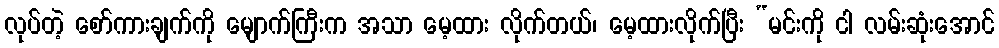
လုပ်တဲ့ စော်ကားချက်ကို မျောက်ကြီးက အသာ မေ့ထား လိုက်တယ်၊ မေ့ထားလိုက်ပြီး “မင်းကို ငါ လမ်းဆုံးအောင်